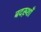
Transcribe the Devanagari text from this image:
बदख़्शाँ